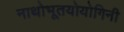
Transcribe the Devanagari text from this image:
नाथोभूतयोयोगिनी